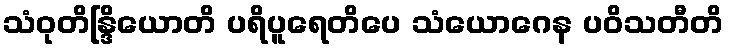
သံဝုတိန္ဒြိယောတိ ပရိပူရေတိပေ သံယောဂေန ပဝိသတီတိ